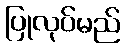
ပြုလုပ်မည်